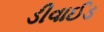
ડીવાઈડ